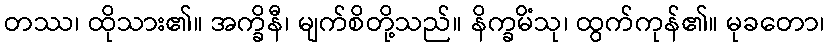
တဿ၊ ထိုသား၏။ အက္ခိနီ၊ မျက်စိတို့သည်။ နိက္ခမိံသု၊ ထွက်ကုန်၏။ မုခတော၊